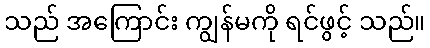
သည် အကြောင်း ကျွန်မကို ရင်ဖွင့် သည်။